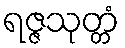
ရဇ္ဇသုတ္တံ